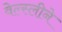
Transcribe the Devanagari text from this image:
वेल्स्लीने